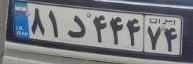
۸۱د۴۴۴۷۴